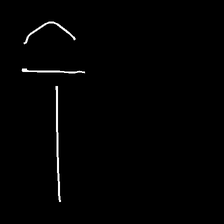
Glyph: dispersion